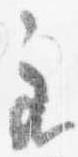
主